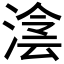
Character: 𣸮